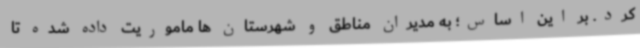
کرد. بر این اساس؛ به مدیران مناطق و شهرستان ها ماموریت داده شده تا